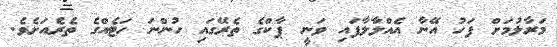
މަރާލުމަށް ފަހު އޭނާ އެއްލާލާފައި ވަނީ ޕާކްގެ ތެރޭގައި ހުންނަ ހަޓެއްގެ ތެރެއަށެވެ.